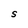
Character: S